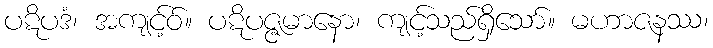
ပဋိပဒံ၊ အကျင့်ဝ်။ ပဋိပဇ္ဇမာနော၊ ကျင့်သည်ရှိသော်။ မဟာဇနဿ၊